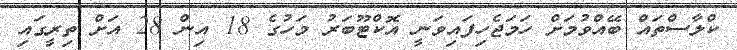
ކްލާސްތައް ބޭއްވުމަށް ހަމަޖެހިފައިވަނީ އޮކްޓޫބަރު މަހުގެ 18 އިން 28 އަށް ތިރީގައި